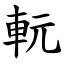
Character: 䡇